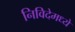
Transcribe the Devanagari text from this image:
निविदेमध्ये